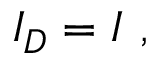
I _ { D } = I \ ,